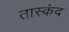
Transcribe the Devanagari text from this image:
तास्कंद